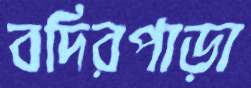
বদিরপাড়া